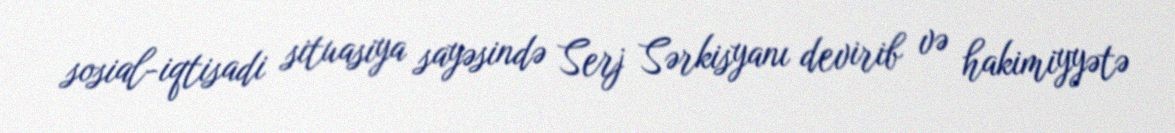
sosial-iqtisadi situasiya sayəsində Serj Sərkisyanı devirib və hakimiyyətə